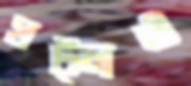
ঘট্লও